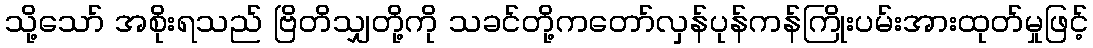
သို့သော် အစိုးရသည် ဗြိတိသျှတို့ကို သခင်တို့ကတော်လှန်ပုန်ကန်ကြိုးပမ်းအားထုတ်မှုဖြင့်